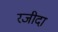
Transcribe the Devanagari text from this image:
रजीदा